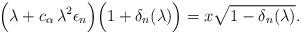
LaTeX: \begin{align*}\Big(\lambda + c_\alpha \, \lambda^2 \epsilon_n \Big)\Big(1+\delta_n (\lambda) \Big) =x \sqrt{1-\delta_n (\lambda)} .\end{align*}